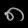
Digit: ၈